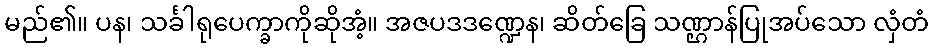
မည်၏။ ပန၊ သင်္ခါရုပေက္ခာကိုဆိုအံ့။ အဇပဒဒဏ္ဍေန၊ ဆိတ်ခြေ သဏ္ဌာန်ပြုအပ်သော လှံတံ